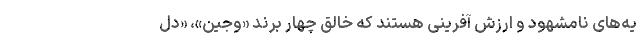
یه‌های نامشهود و ارزش آفرینی‌ هستند که خالق چهار برند «وجین»، «دل